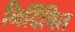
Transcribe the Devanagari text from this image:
निर्दिषित